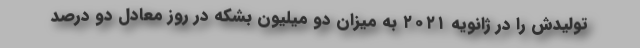
تولیدش را در ژانویه ۲۰۲۱ به میزان دو میلیون بشکه در روز معادل دو درصد